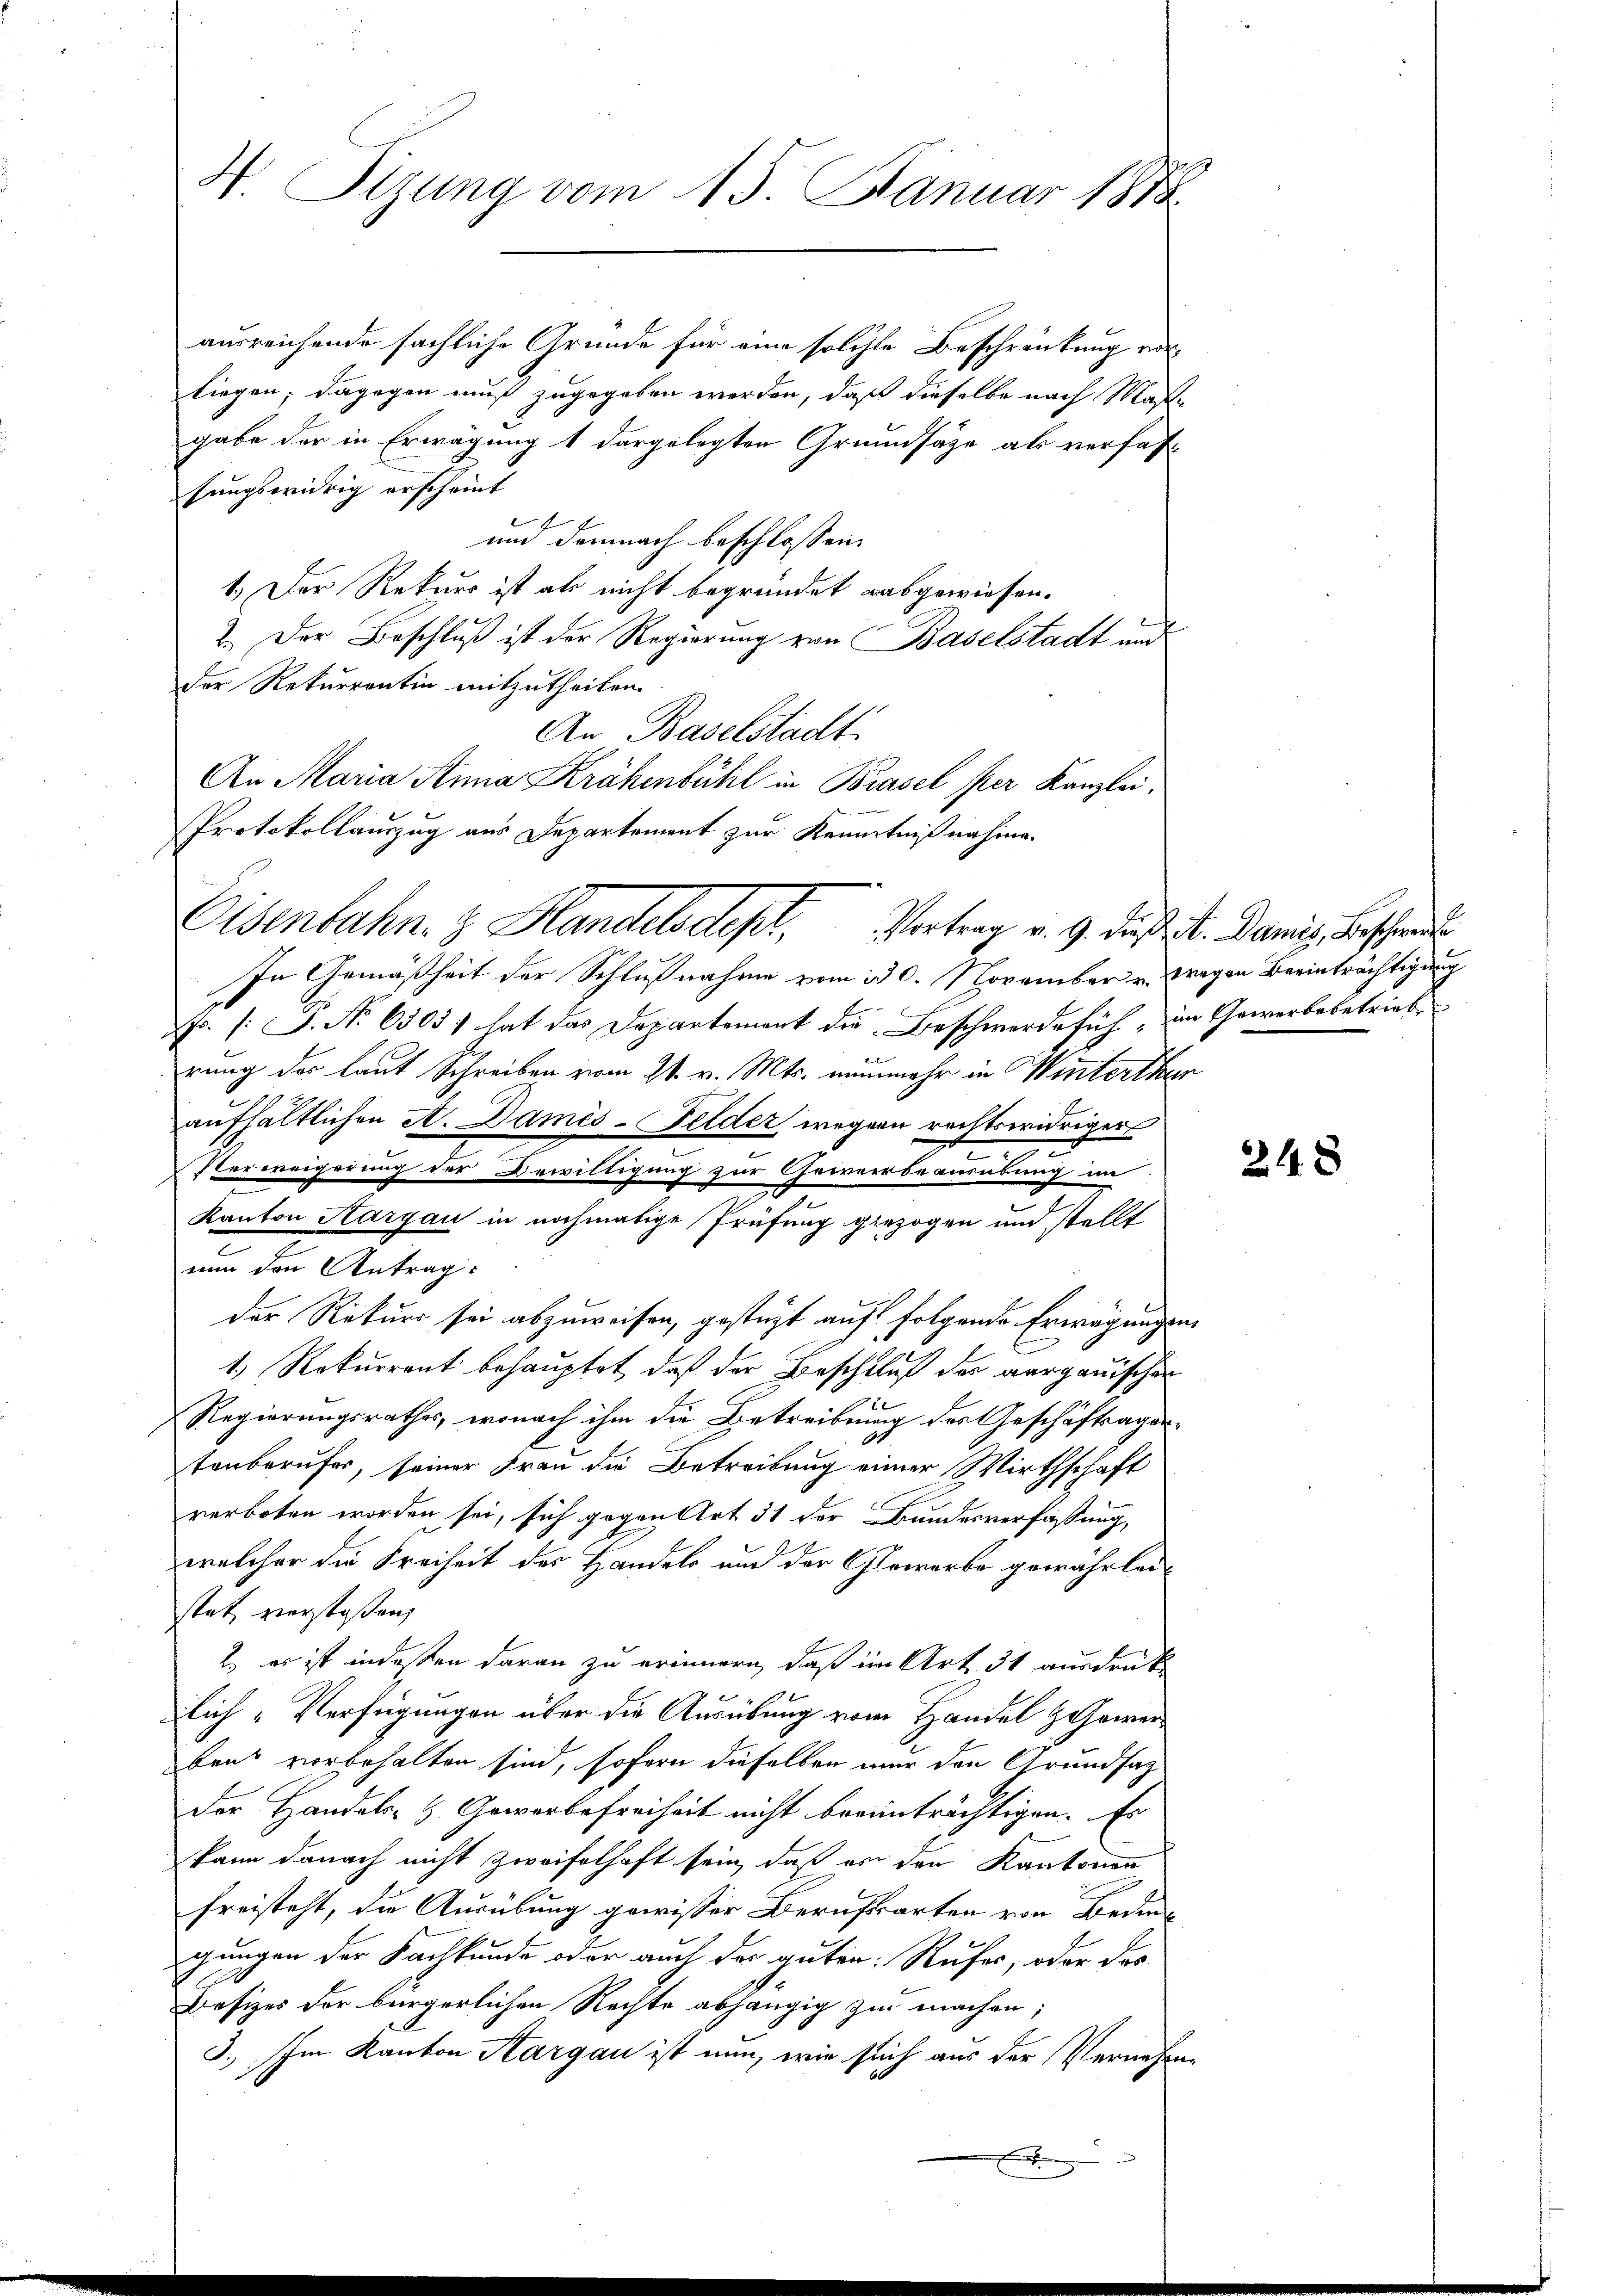
W. Sizung vom 15. Januar 1888

Eisenbahn. 3. Handelsdept, Vortrag v. 9. daß M. Damit, Bescher

ausreichende sächliche Gründe für eine solche Beschränkung vorliegen; dagegen muß zugegeben werden, daß dieselbe nach Maßgabe der in Erwägung 1 dargelegten Grundsätze als verfastungswidrig erscheint
und demnach beschlossen:
1.) Der Rekurs ist als nicht begründet abgewiesen.
2. Der Beschluß ist der Regierung von Baselstadt und
der Rekurrentin mitzutheilen.
An Baselstadt
An Maria Anna Krähenbühl in Brasel per Kanzlei,
Protokollauszug aus Departement zur Kenntnißnahme.

In Gemäßheit der Schlußnahme vom 30. November u. wegen Beeinträchtigung
. /: S. No 6303) hat das Departement die Beschwerdefüh, im Gewerbebetriebe
rung des laut Schreiben vom 21. v. Mts. nunmehr in Winterthe
aufhältlichen A. Dames - Felder wegen rechtswidriger
Verweigerung der Bewilligung zur Gewerbeausübung im
Kanton Hargau in nochmalige Prüfung gezogen und stellt
nun den Antrag:
der Rekurs sei abzuweisen, gestüzt auf folgende Erwägungs¬
1.) Rekurrent behauptet, daß der Beschluß der aargauischen
Regierungsrathes, wonach ihm die Betreibung des Geschäftsagertenberufer, seiner Frau die Betreibung einer Wirthschaft
verboten worden sei, sich gegen Art 31 der Bundesverfassung,
welcher die Freiheit des Handels und der Gewerbe gewährleistat verstoßen,
2. es ist indeßen daran zu erinnern, daß im Art. 31 ausdruck
lich-Verfügungen über die Ausübung vom Handel Gewerbens vorbehalten sind, sofern dieselben nur den Grundsaz
Der Handels- & Gewerbefreiheit nicht beeinträchtigen. Es
kann danach nicht zweifelhaft sein, daß er den Kantonen
freisteht, die Ausübung gewisser Berufsarten von Bedingungen der Sachkunde oder auch der guten: Rufes, oder das
Besizes der bürgerlichen Rechte abhängig zu machen;
3.) Im Kanton Aargau ist nun, wie sich aus der Vernehm

e

e

u

248